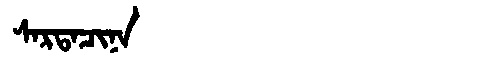
Manchu: ᠰᠠᡵᡨᠠᠴᡳᠨᠠ
Romanization: SARTACINA